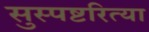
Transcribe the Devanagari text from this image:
सुस्पष्टरित्या